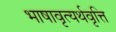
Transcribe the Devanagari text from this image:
भाषावृत्यर्थवृत्ति